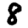
Digit: 8